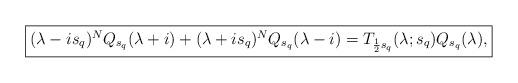
LaTeX: \begin{align*}\fbox{$(\lambda-i s_q)^N Q_{s_q}(\lambda+i) + (\lambda+i s_q)^NQ_{s_q}(\lambda-i) =T_{\frac{1}{2} s_q}(\lambda; s_q) Q_{s_q}(\lambda),$}\end{align*}